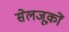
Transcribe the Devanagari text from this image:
सेलजूक़ों